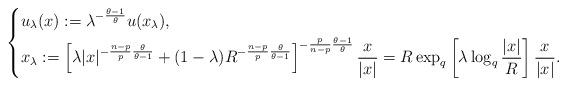
LaTeX: \begin{align*}\left\{\begin{aligned} & u_{\lambda}(x) := \lambda^{-\frac{\theta-1}{\theta}}u(x_{\lambda}), \\ & x_{\lambda} := \left[ \lambda |x|^{-\frac{n-p}{p}\frac{\theta}{\theta-1}}+(1-\lambda)R^{-\frac{n-p}{p}\frac{\theta}{\theta-1}} \right]^{-\frac{p}{n-p}\frac{\theta-1}{\theta}}\frac{x}{|x|}= R\exp_{q}\left[\lambda \log_{q}\frac{|x|}{R}\right]\frac{x}{|x|}.\end{aligned}\right.\end{align*}